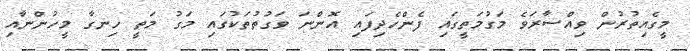
މީގެއިތުރުން ވިއްސާރަވެ މަގުމަތީގައި ފެންހެދިފައި އޮންނަ ވަގުތުތަކުގައި މަގު މަތީ ހިނގާ މީހުންނާއި